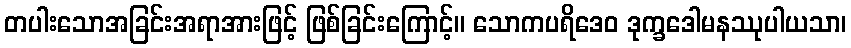
တပါးသောအခြင်းအရာအားဖြင့် ဖြစ်ခြင်းကြောင့်။ သောကပရိဒေဝ ဒုက္ခဒေါမနဿုပါယသာ၊